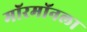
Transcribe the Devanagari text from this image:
मॉरमॉनला